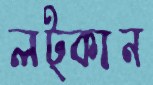
লট্‌কান